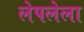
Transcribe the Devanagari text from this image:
लेपलेला